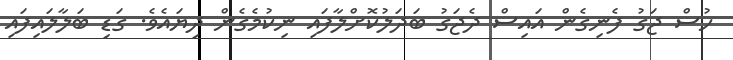
ހުސް ޖަގު ފެނިގެން އައިސް ދެޖަގު ބަދަލުކޮށްލާފައި ނިކުމެގެން ދިޔައެވެ. ގަޑި ބަލާލައިފައި